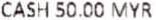
CASH 50.00 MYR